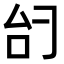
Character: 𫩞